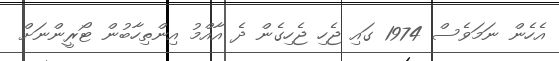
އެހެން ނަމަވެސް 1974 ގައި ޖެހި ޖެހިގެން ދެ އާއްމު އިންތިހާބުން ޓޯރީންނަށް